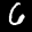
Label: 6